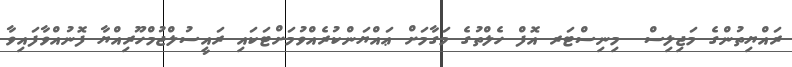
ރައްޔިތުންގެ މަޖިލިސް  މިނިސްޓަރ އޮފް ހެލްތުގެ މަގާމަށް ޢައްޔަންކުރެއްވުމަށްޓަކައި ރައީސުލްޖުމްހޫރިއްޔާ ފޮނުއްވާފައިވާ